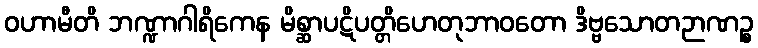
ဝဟာမီတိ ဘဏ္ဍာဂါရိကေန မိစ္ဆာပဋိပတ္တိဟေတုဘာဝတော ဒိဗ္ဗသောတဉာဏဉ္စ